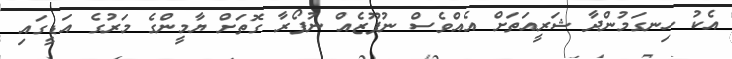
އެކު ހިނގަމުންދާ ޝަރީއަތަށް އެއްވެސް ނުފޫޒެއްް ނުފޯރާ ގޮތަށް ޔާމީންގެ މަރުގެ އަޑީގައި